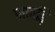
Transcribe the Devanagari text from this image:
जावड़ि